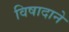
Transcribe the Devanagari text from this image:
विषादाने